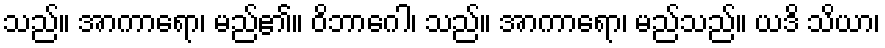
သည်။ အာကာရော၊ မည်၏။ ဝိဘာဂေါ၊ သည်။ အာကာရော၊ မည်သည်။ ယဒိ သိယာ၊